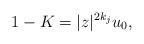
LaTeX: \begin{align*}1-K=|z|^{2k_j}u_0,\end{align*}